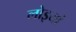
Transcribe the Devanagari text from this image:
लोइयां